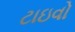
ટાઇવો